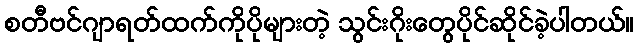
စတီဗင်ဂျာရတ်ထက်ကိုပိုများတဲ့ သွင်းဂိုးတွေပိုင်ဆိုင်ခဲ့ပါတယ်။